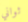
ثواني